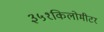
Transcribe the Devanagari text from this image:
३५१किलोमीटर